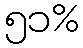
၅၁%